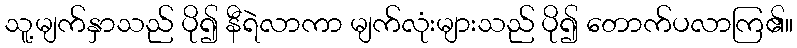
သူ့မျက်နှာသည် ပို၍ နီရဲလာကာ မျက်လုံးများသည် ပို၍ တောက်ပလာကြ၏။